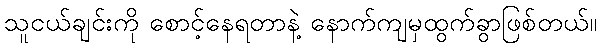
သူငယ်ချင်းကို စောင့်နေရတာနဲ့ နောက်ကျမှထွက်ခွာဖြစ်တယ်။